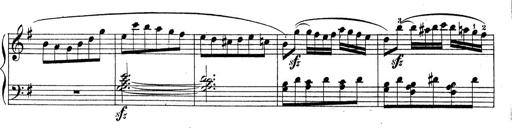
Title: Piano Sonatine No.2
Composer: Peter Piel
Key: G major